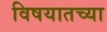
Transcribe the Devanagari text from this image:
विषयातच्या